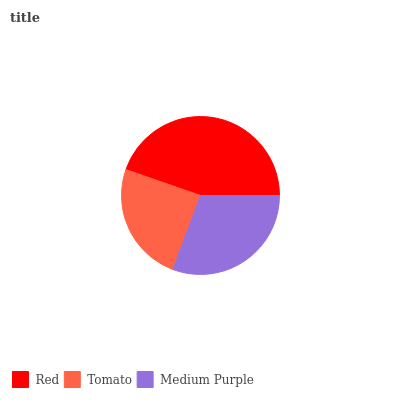
| Red | Tomato | Medium Purple |
 | --- | --- | --- |
 | 44.7% | 24.6% | 30.7% |